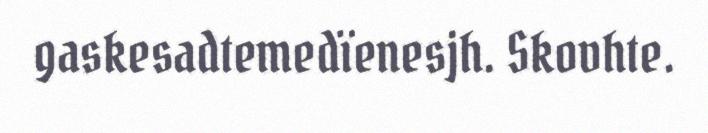
gaskesadtemedïenesjh. Skovhte.